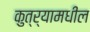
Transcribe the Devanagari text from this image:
कुत्र्यामधील